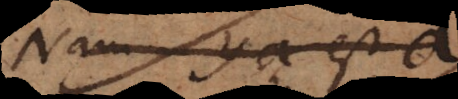
Nam ya est a